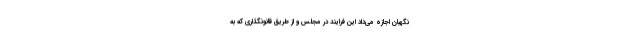
نگهبان اجازه می‌داد این فرایند در مجلس و از طریق قانونگذاری که به